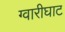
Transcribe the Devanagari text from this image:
ग्वारीघाट